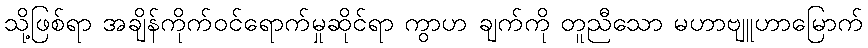
သို့ဖြစ်ရာ အချိန်ကိုက်ဝင်ရောက်မှုဆိုင်ရာ ကွာဟ ချက်ကို တူညီသော မဟာဗျူဟာမြောက်